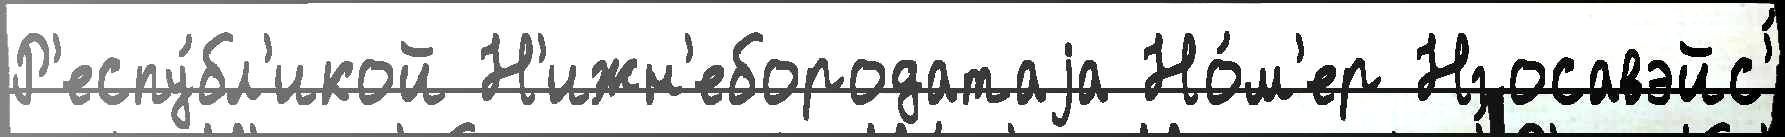
Р'еспу́бл'икой Н'ижн'ебородатаjа Но́м'ер Нгосавэйс'́